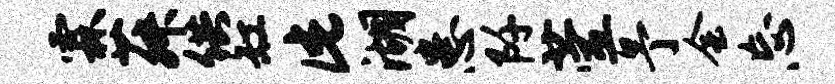
霖菽供缸此湖患阡萱予会忘